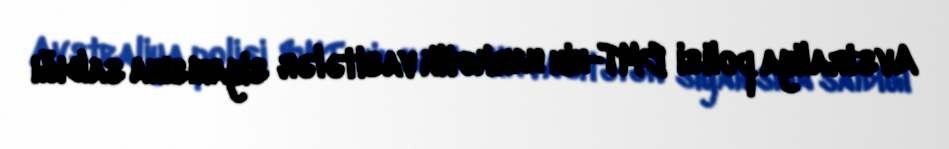
Avstraliya polisi BMT-nin narkotik vasitələr siyahısına saldığı